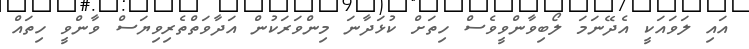
އައި ލަވައަކީ އެދޭނަމަ ލޯބިވާންވީވެސް ހިތަށް ކުޅަދާނަ މިންވަރަކުން އަދާވަތްތެރިވިޔަސް ވާންވީ ހިތައް